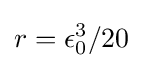
r=\epsilon _{0}^{3}/20